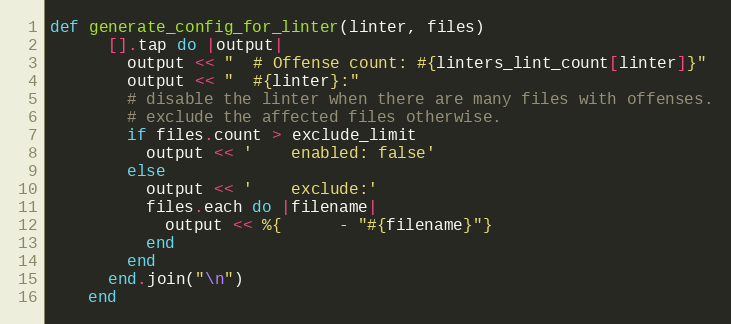
Language: Ruby
def generate_config_for_linter(linter, files)
      [].tap do |output|
        output << "  # Offense count: #{linters_lint_count[linter]}"
        output << "  #{linter}:"
        # disable the linter when there are many files with offenses.
        # exclude the affected files otherwise.
        if files.count > exclude_limit
          output << '    enabled: false'
        else
          output << '    exclude:'
          files.each do |filename|
            output << %{      - "#{filename}"}
          end
        end
      end.join("\n")
    end